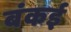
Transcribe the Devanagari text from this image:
बंकई